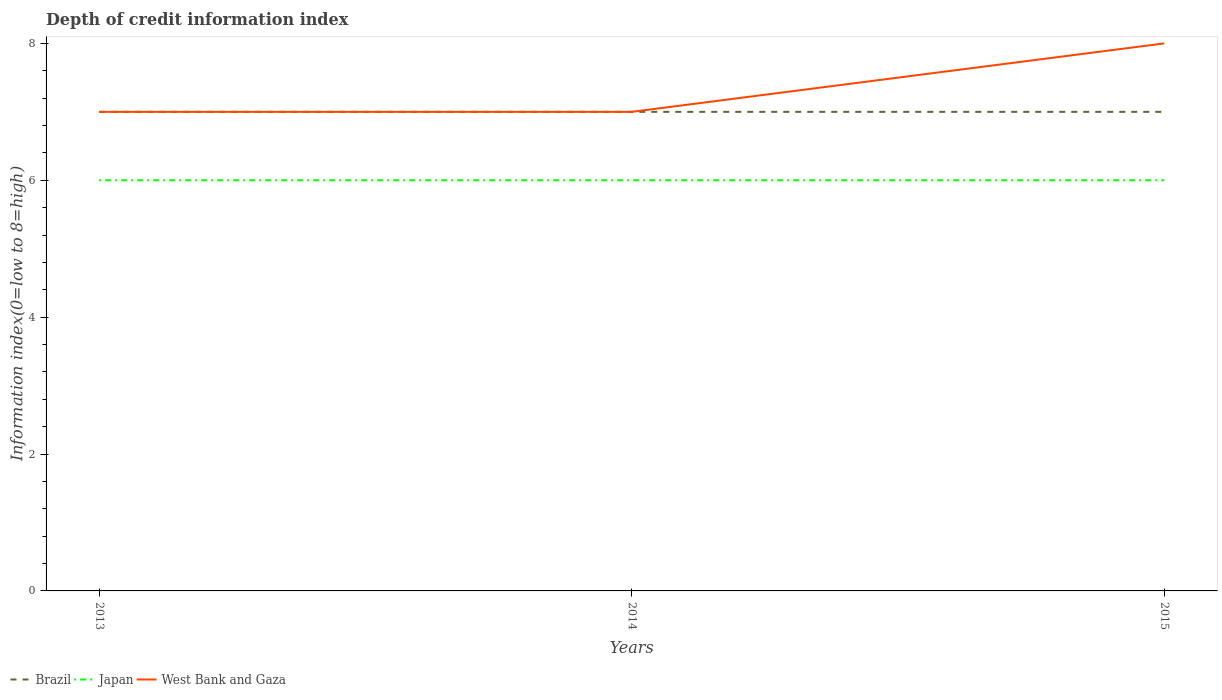
| Years | Brazil | Japan | West Bank and Gaza |
 | --- | --- | --- | --- |
 | 2013 | 7 | 6 | 7 |
 | 2014 | 7 | 6 | 7 |
 | 2015 | 7 | 6 | 8 |